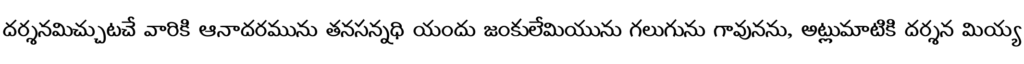
దర్శనమిచ్చుటచే వారికి ఆనాదరమును తనసన్నధి యందు జంకులేమియును గలుగును గావునను, అట్లుమాటికి దర్శన మియ్య